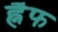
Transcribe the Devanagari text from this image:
ह्नैफ